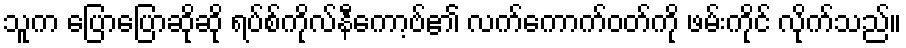
သူက ပြောပြောဆိုဆို ရပ်စ်ကိုလ်နီကော့ဗ်၏ လက်ကောက်ဝတ်ကို ဖမ်းကိုင် လိုက်သည်။